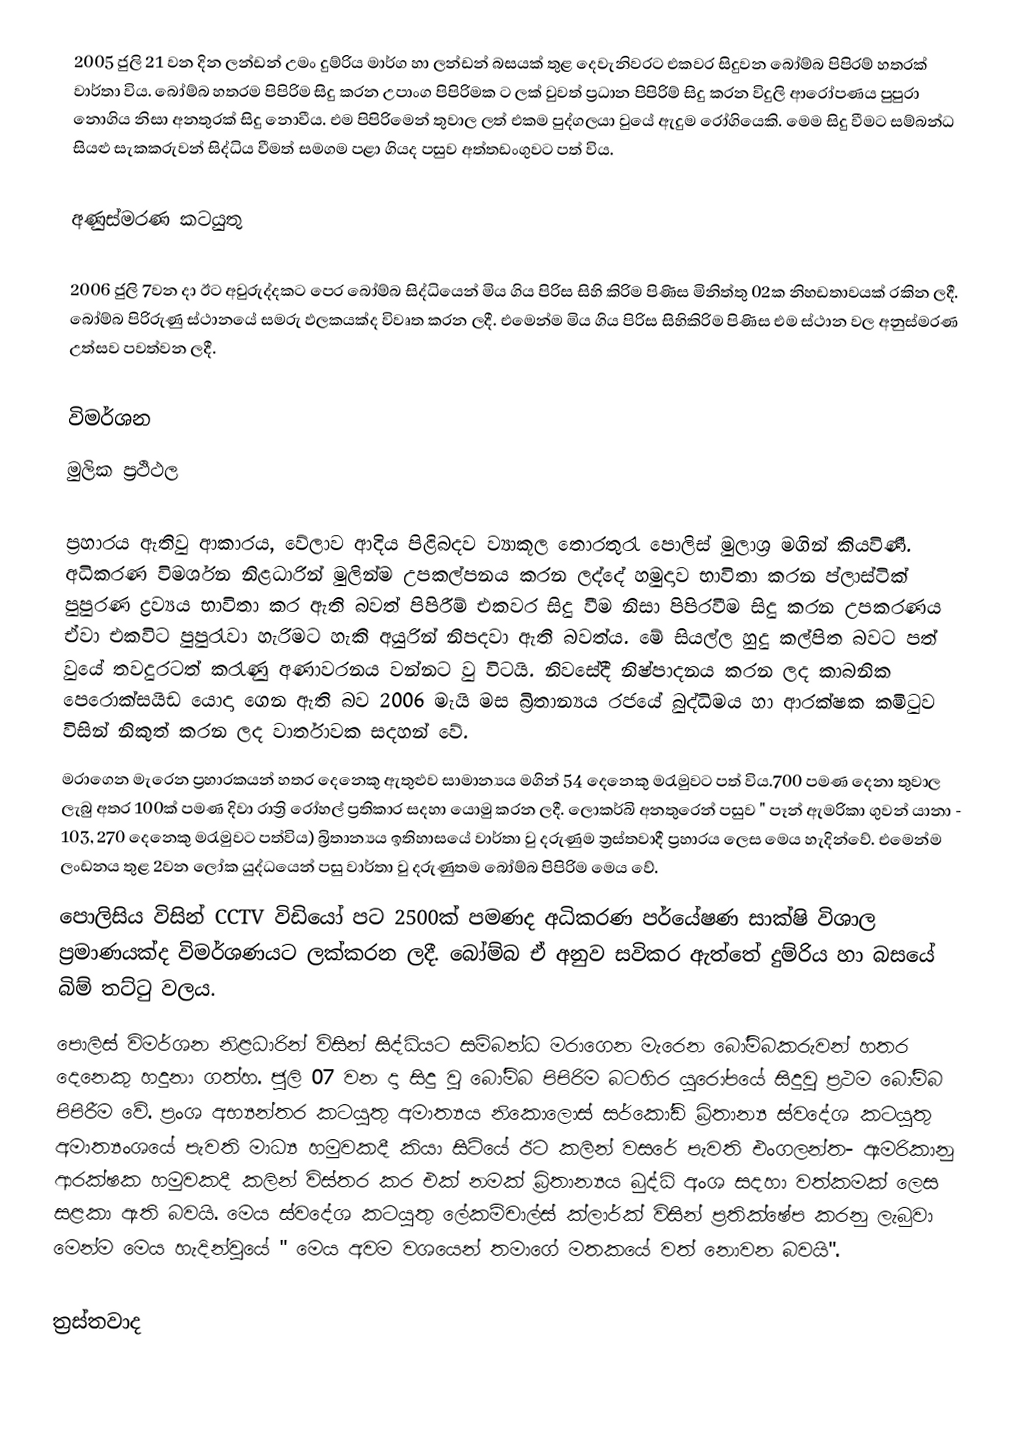
2005 ජුලි 21 වන දින ලන්ඩන් උමං දුම්රිය මාර්ග හා ලන්ඩන් බසයක් තුළ දෙවැනිවරට     එකවර සිදුවන බෝම්බ පිපිරම් හතරක් වාර්තා විය. බෝම්බ හතරම පිපිරිම සිදු කරන උපාංග පිපිරිමක ට ලක් වුවත් ප්‍රධාන පිපිරිම් සිදු කරන විදුලි ආරෝපණය පුපුරා නොගිය නිසා අනතුරක් සිදු නොවීය. එම පිපිරිමෙන් තුවාල ලත් එකම පුද්ගලයා වුයේ ඇදුම රෝගියෙකි. මෙම සිදු වීමට සම්බන්ධ සියළු සැකකරුවන් සිද්ධිය වීමත් සමගම පළා ගියද පසුව අත්තඩංගුවට පත් විය.

අණුස්මරණ කටයුතු

2006 ජුලි 7වන දා ඊට අවුරුද්දකට පෙර බෝම්බ සිද්ධියෙන් මිය ගිය පිරිස සිහි කිරිම පිණිස මිනිත්තු 02ක නිහඩතාවයක් රකින ලදී. බෝම්බ පිරිරුණු ස්ථානයේ සමරු ඵලකයක්ද  විවෘත කරන ලදී. එමෙන්ම මිය ගිය පිරිස සිහිකිරිම පිණිස එම ස්ථාන වල අනුස්මරණ උත්සව පවත්වන ලදී.

විමර්ශන
මුලික ප්‍රථිථල

ප්‍රහාරය ඇතිවු ආකාරය, වේලාව ආදිය පිළිබදව ව්‍යාකූල තොරතුරැ පොලිස් මුලාශ්‍ර මගින් කියවිණී. අධිකරණ විමර්ශන නිළධාරින් මුලින්ම උපකල්පනය කරන ලද්දේ හමුදාව භාවිතා කරන ප්ලාස්ටික් පුපුරණ ද්‍රව්‍යය භාවිතා කර ඇති බවත් පිපිරීම් එකවර සිදු වීම නිසා පිපිරවීම සිදු කරන උපකරණය ඒවා එකවිට පුපුරැවා හැරිමට හැකි අයුරින් නිපදවා ඇති බවත්ය. මේ සියල්ල හුදු කල්පිත බවට පත් වුයේ තවදුරටත් කරැණු  අණාවරනය වන්නට වු විටයි. නිවසේදී නිෂ්පාදනය කරන ලද කාබනික පෙරොක්සයිඩ යොදා ගෙන ඇති බව 2006 මැයි මස බ්‍රිතාන්‍යය රජයේ බුද්ධිමය හා ආරක්ෂක කමිටුව විසින් නිකුත් කරන ලද වාර්තාවක සදහන් වේ.
මරාගෙන මැරෙන ප්‍රහාරකයන් හතර දෙනෙකු ඇතුළුව සාමාන්‍යය මගින් 54 දෙනෙකු මරැමුවට පත් විය.700 පමණ දෙනා තුවාල ලැබු අතර 100ක් පමණ දිවා රාත්‍රි රෝහල් ප්‍රතිකාර සදහා යොමු කරන ලදී. ලොකර්බි අනතුරෙන් පසුව " පෑන් ඇමරිකා ගුවන් යානා - 103, 270 දෙනෙකු මරැමුවට පත්විය)  බ්‍රිතාන්‍යය ඉතිහාසයේ වාර්තා වු දරුණුම ත්‍රස්තවාදී ප්‍රහාරය ලෙස මෙය හැදින්වේ. එමෙන්ම ලංඩනය තුළ 2වන ලෝක යුද්ධයෙන් පසු වාර්තා වු දරුණුතම බෝම්බ පිපිරිම මෙය වේ.
 පොලිසිය විසින් CCTV විඩියෝ පට 2500ක් පමණද අධිකරණ පර්යේෂණ සාක්ෂි විශාල ප්‍රමාණයක්ද විමර්ශණයට ලක්කරන ලදී. බෝම්බ ඒ අනුව සවිකර ඇත්තේ දුම්රිය හා බසයේ බිම් තට්ටු වලය.
පොලිස් විමර්ශන නිළධාරින් විසින් සිද්ධියට සම්බන්ධ මරාගෙන මැරෙන බෝම්බකරුවන්  හතර දෙනෙකු හදුනා ගත්හ. ජුලි 07 වන දා සිදු වු බෝම්බ පිපිරිම බටහිර යුරෝපයේ සිදුවු ප්‍රථම බෝම්බ පිපිරීම වේ. ප්‍රංශ අභ්‍යන්තර කටයුතු අමාත්‍යය නිකොලොස් සර්කෝඩි  බ්‍රිතාන්‍ය ස්වදේශ කටයුතු අමාත්‍යංශයේ පැවති මාධ්‍ය හමුවකදී කියා සිටියේ ඊට කලින් වසරේ පැවති එංගලන්ත- ඇමරිකානු ආරක්ෂක හමුවකදී කලින් විස්තර කර එක් නමක් බ්‍රිතාන්‍යය බුද්ධි අංශ සදහා වත්කමක් ලෙස සළකා ඇති බවයි. මෙය ස්වදේශ කටයුතු ලේකම්චාල්ස් ක්ලාර්ක් විසින් ප්‍රතික්ෂේප කරනු ලැබුවා මෙන්ම මෙය හැදින්වුයේ " මෙය අවම වශයෙන් තමාගේ මතකයේ වත් නොවන බවයි".

ත්‍රස්තවාද